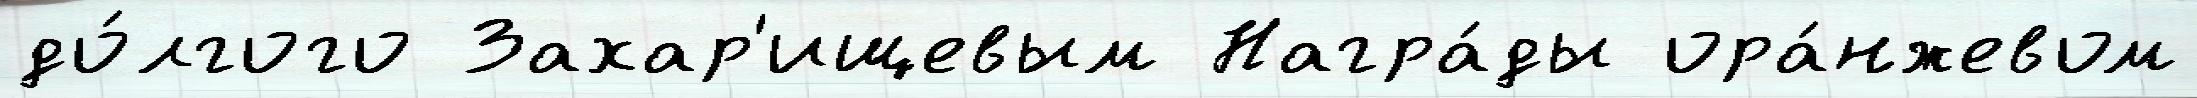
до́лгого Захар'ищевым Награ́ды ора́нжевом